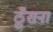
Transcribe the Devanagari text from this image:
ठूँसना